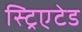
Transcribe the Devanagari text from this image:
स्ट्रिएटेड